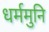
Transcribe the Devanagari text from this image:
धर्ममुनि